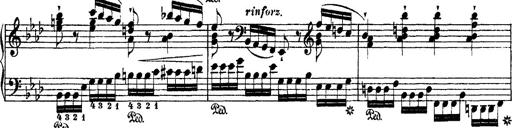
Title: Ã‰tudes d'exÃ©cution transcendante d'aprÃ¨s Paganini
Composer: Franz Liszt